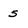
Character: 5